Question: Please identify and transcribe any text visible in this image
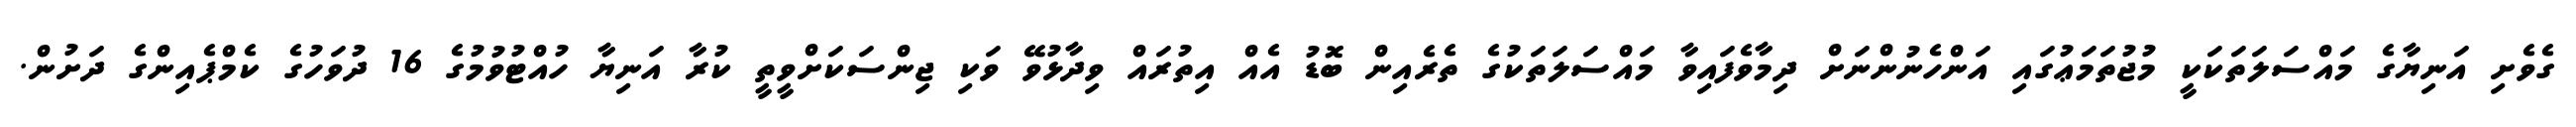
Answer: ގެވެށި އަނިޔާގެ މައްސަލަތަކަކީ މުޖުތަމަޢުގައި އަންހެނުންނަށް ދިމާވެފައިވާ މައްސަލަތަކުގެ ތެރެއިން ބޮޑު އެއް އިތުރައް ވިދާޅުވޭ ވަކި ޖިންސަކަށްވީތީ ކުރާ އަނިޔާ ހުއްޓުވުމުގެ 16 ދުވަހުގެ ކެމްޕެއިންގެ ދަށުން.